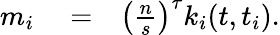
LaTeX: \begin{array}{rlr}{m_{i}}&{{}=}&{\left(\frac{n}{s}\right)^{\tau}k_{i}(t,t_{i}).}\end{array}